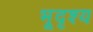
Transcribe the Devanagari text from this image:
भूदृश्‍य